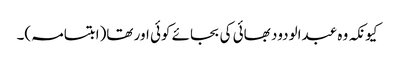
کیونکہ وہ عبدالودود بھائی کی بجائے کوئی اور تھا(ابتسامہ)۔